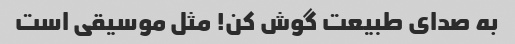
به صدای طبیعت گوش کن! مثل موسیقی است